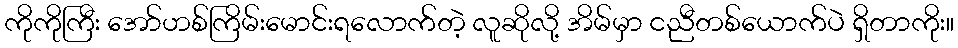
ကိုကိုကြီး အော်ဟစ်ကြိမ်းမောင်းရလောက်တဲ့ လူဆိုလို့ အိမ်မှာ ငညီတစ်ယောက်ပဲ ရှိတာကိုး။